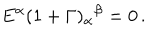
E ^ { \alpha } ( 1 + \Gamma ) _ { \alpha } { } ^ { \beta } = 0 \, .